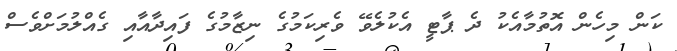
ކަން މިހެން އޮތުމާއެކު ދެ ޕާޓީ އެކުލެވޭ ވެރިކަމުގެ ނިޒާމުގެ ފައިދާއާއި ގެއްލުމަށްވެސް